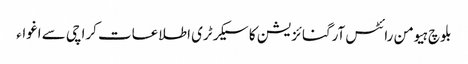
بلوچ ہیومن رائٹس آرگنائزیشن کا سیکرٹری اطلاعات کراچی سے اغواء